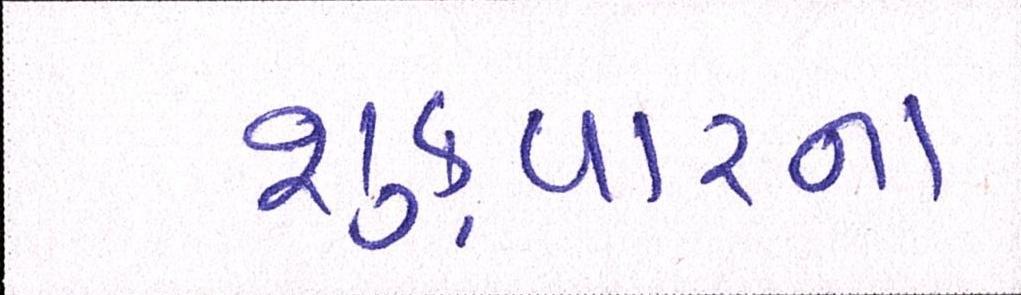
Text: શુક્રવારના